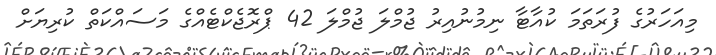
މިއަހަރުގެ ފުރަތަމަ ކުއާޓާ ނިމުނުއިރު ޖުމްލަ ޖުމްލަ 42 ޕްރޮޖެކްޓެއްގެ މަސައްކަތް ކުރިޔަށް